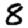
Digit: 8